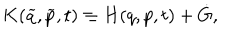
K ( \widetilde { q } , \widetilde { p } , t ) \equiv H ( q , p , t ) + \dot { G } ,